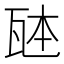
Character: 𪼹